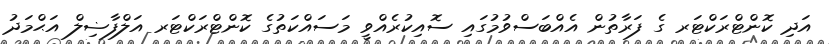
އަދި ކޮންޓްރަކްޓަރ ގެ ފަރާތުން އެއްބަސްވުމުގައި ސޮއިކުރެއްވީ މަސައްކަތުގެ ކޮންޓްރަކްޓަރ އަލްފާޟިލް އަޙްމަދު